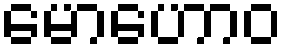
မောဟောဝ